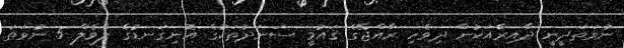
ނުވަތަދީނީ ދާއިރާއަކުން ދިވެހި ރާއްޖޭގެ ޤައުމީ ސަނަދުތަކުގެ އޮނިގަނޑުގެ ލެވެލް 5 ނުވަތަ